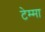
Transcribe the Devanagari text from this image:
टेम्मा